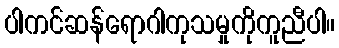
ပါကင်ဆန်ရောဂါကုသမှုကိုကူညီပါ။